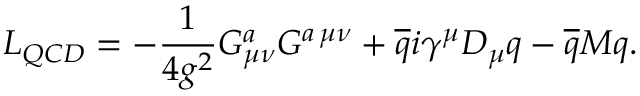
\nonumber { \cal L } _ { Q C D } = - { \frac { 1 } { 4 g ^ { 2 } } } G _ { \mu \nu } ^ { a } G ^ { a \, \mu \nu } + \overline { { { q } } } i \gamma ^ { \mu } D _ { \mu } q - \overline { { { q } } } { \cal M } q .